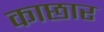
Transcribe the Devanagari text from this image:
काछार